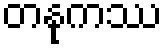
တနုကဿ